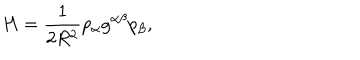
LaTeX: H = \frac { 1 } { 2 R ^ { 2 } } p _ { \alpha } g ^ { \alpha \beta } p _ { \beta } ,